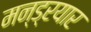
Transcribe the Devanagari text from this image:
मन्ड्रयार